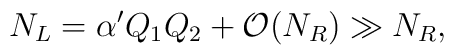
N_L=\alpha^{\prime} Q_1Q_2+{\cal O}(N_R)\gg N_R,